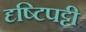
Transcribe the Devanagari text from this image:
दृष्टिपट्टी